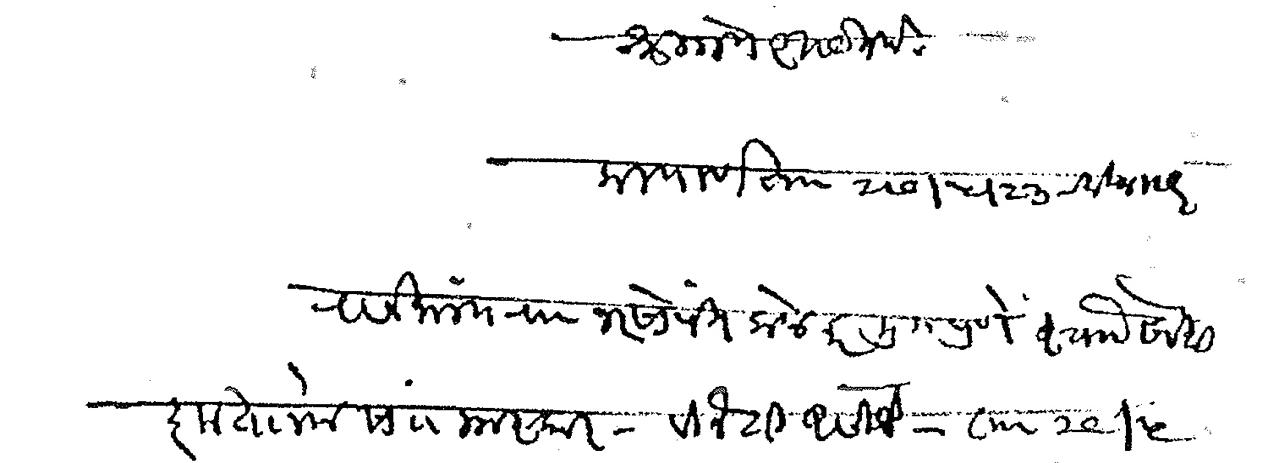
Transliteration (Devanagari): श्री गणेशाय नम कल्याण ता २७ ५ २३ रविवासर राजमान्य रा नरसोपंत केळकर मु पुणे साो सेवेशी कृतानेक सां नमस्कार विनंती असिजे ता २९ ५